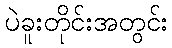
ပဲခူးတိုင်းအတွင်း